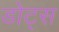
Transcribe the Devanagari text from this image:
डोट्स